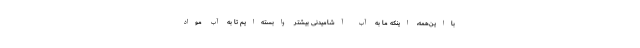
بااین‌همه، اینکه ما به آب آشامیدنی بیشتر وابسته‌ایم تا به آبِ مواد